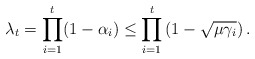
\begin{align*}\lambda_t=\prod_{i=1}^{t}(1-\alpha_i)\leq\prod_{i=1}^{t}\left(1-\sqrt{\mu\gamma_i}\right).\end{align*}